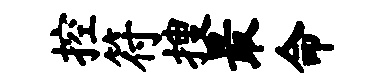
控符搜最命